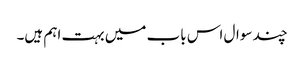
چند سوال اس باب میں بہت اہم ہیں۔